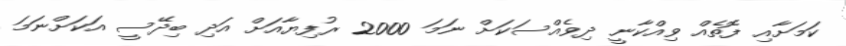
ކަމަށާއި ފޮތެއް ވިއްކާނީ ދިވެއްސަކަށް ނަމަ 2000 ރުފިޔާއަށް އަދި ބިދޭސީ އަކަށްނަމަ